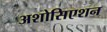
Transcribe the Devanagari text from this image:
अशोसिएशन